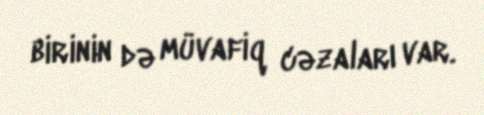
birinin də müvafiq cəzaları var.